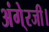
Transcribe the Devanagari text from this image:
अंगे्रजी।